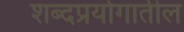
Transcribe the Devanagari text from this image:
शब्दप्रयोगातील